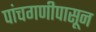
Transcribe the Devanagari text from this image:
पांचगणीपासून